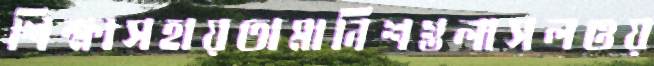
শিক্ষাসহায়তামানিশগুলাসলওয়